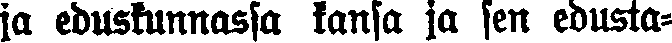
ja eduskunnassa kansa ja sen edusta-